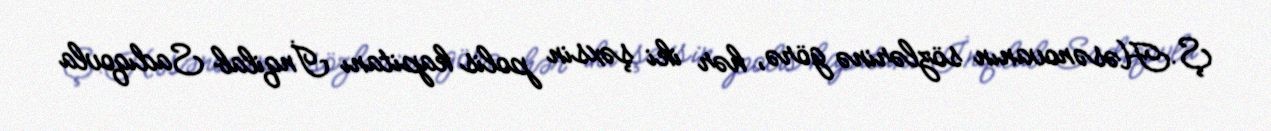
Ş.Həsənovanın sözlərinə görə, hər iki şəxsin polis kapitanı İnqilab Sadıqovla